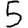
Digit: 5